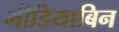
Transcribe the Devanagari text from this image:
मीडियाबिन